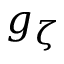
g _ { \zeta }